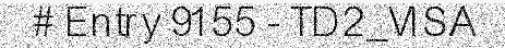
# Entry 9155 - TD2_VISA